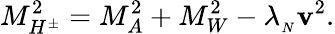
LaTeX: M_{H^{\pm}}^{2}=M_{A}^{2}+M_{W}^{2}-\lambda_{_N}\mathbf{v}^{2}.